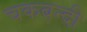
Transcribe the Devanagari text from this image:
चकबन्दी